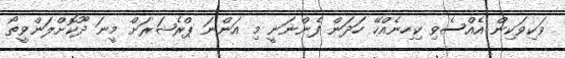
ވަކިވަކިން އެއްސެވި ކިހިނެއްހޭ ހަދަން ފެންނަނީ މި އަންނަ ޕްރެޝަރަށް މީނަ ދޫކޮށްލަންވީތޯ